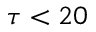
\tau < 2 0